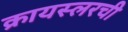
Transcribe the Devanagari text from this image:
क्रायस्लरची